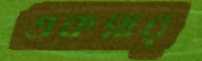
একসার